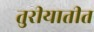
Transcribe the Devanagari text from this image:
तुरीयातीत